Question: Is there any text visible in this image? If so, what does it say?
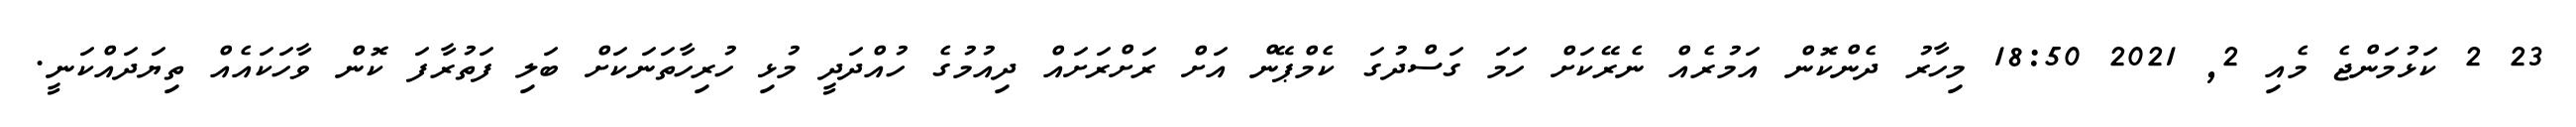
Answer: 23 2 ކަޅުމަންޖެ މެއި 2, 2021 18:50 މިހާރު ދެންކޮން އަމުރެއް ނެރޭކަށް ހަމަ ގަސްދުގަ ކެމްޕޭން އަށް ރަށްރަށައް ދިއުމުގެ ހުއްދަދީ މުޅި ހުރިހާތަނަކަށް ބަލި ފަތުރާފަ ކޮން ވާހަކައެއް ތިޔަދައްކަނީ.